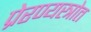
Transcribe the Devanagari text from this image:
प्रेरण्यस्त्रोत